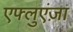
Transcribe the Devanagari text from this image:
एफ्लुएंज़ा